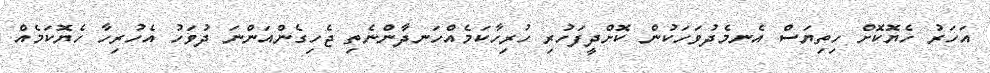
އަހަރު ހެޔޮކޮށް ހިތިޔަސް އެނމެދުވަހަކުން ކޮށްދީފަހުރި ހުރިހާކަމެއްހަނދާންނެތި ޖެހިގެންއަންނަ ދުވަހު އެހުރިހާ ހެޔޮކަމެއް